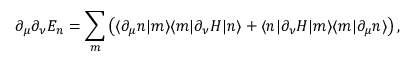
\partial _ { \mu } \partial _ { \nu } E _ { n } = \sum _ { m } \left( \langle \partial _ { \mu } n | m \rangle \langle m | \partial _ { \nu } H | n \rangle + \langle n | \partial _ { \nu } H | m \rangle \langle m | \partial _ { \mu } n \rangle \right) ,